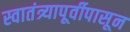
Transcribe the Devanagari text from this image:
स्वातंत्र्यापूर्वीपासून